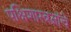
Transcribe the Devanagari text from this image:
पक्षिशास्त्रज्ञांचे